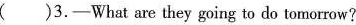
( )3.—What are they going to do tomorrow?